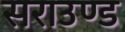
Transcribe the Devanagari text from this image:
सराउण्ड